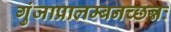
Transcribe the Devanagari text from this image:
गुंजाप्रालम्बनच्छन्नः